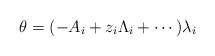
\begin{align*} \theta = (-A_i + z_i \Lambda_i + \cdots ) \lambda_i\end{align*}